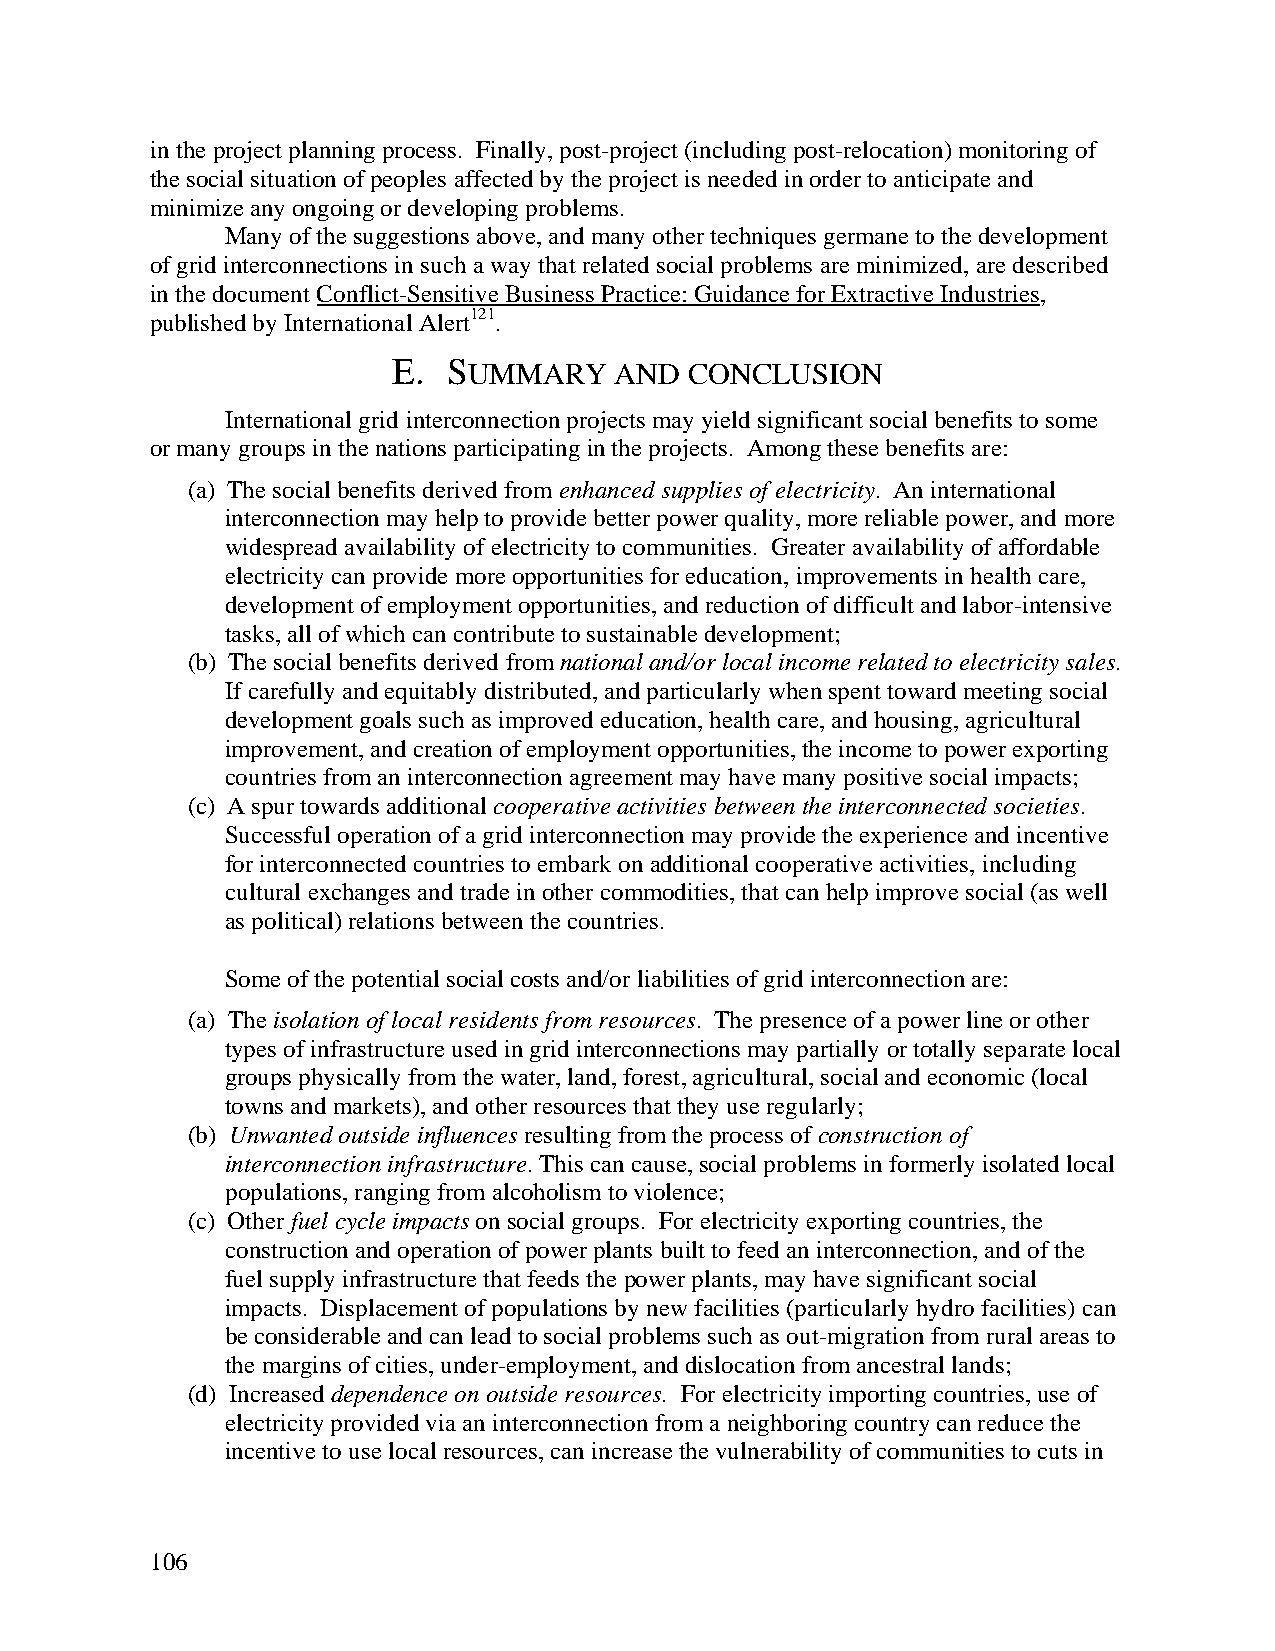
in the project planning process. Finally, post-project (including post-relocation) monitoring of
 the social situation of peoples affected by the project is needed in order to anticipate and
 minimize any ongoing or developing problems.
 Many of the suggestions above, and many other techniques germane to the development
 of grid interconnections in such a way that related social problems are minimized, are described
 in the document Conflict-Sensitive Business Practice: Guidance for Extractive Industries,
 published by International Alert121.
 E.  SUMMARY    AND  CONCLUSION
 International grid interconnection projects may yield significant social benefits to some
 or many groups in the nations participating in the projects. Among these benefits are:
 (a) The social benefits derived from enhanced supplies of electricity. An international
 interconnection may help to provide better power quality, more reliable power, and more
 widespread availability of electricity to communities. Greater availability of affordable
 electricity can provide more opportunities for education, improvements in health care,
 development of employment opportunities, and reduction of difficult and labor-intensive
 tasks, all of which can contribute to sustainable development;
 (b) The social benefits derived from national and/or local income related to electricity sales.
 If carefully and equitably distributed, and particularly when spent toward meeting social
 development goals such as improved education, health care, and housing, agricultural
 improvement, and creation of employment opportunities, the income to power exporting
 countries from an interconnection agreement may have many positive social impacts;
 (c) A spur towards additional cooperative activities between the interconnected societies.
 Successful operation of a grid interconnection may provide the experience and incentive
 for interconnected countries to embark on additional cooperative activities, including
 cultural exchanges and trade in other commodities, that can help improve social (as well
 as political) relations between the countries.
 Some of the potential social costs and/or liabilities of grid interconnection are:
 (a) The isolation of local residents from resources. The presence of a power line or other
 types of infrastructure used in grid interconnections may partially or totally separate local
 groups physically from the water, land, forest, agricultural, social and economic (local
 towns and markets), and other resources that they use regularly;
 (b) Unwanted outside influences resulting from the process of construction of
 interconnection infrastructure. This can cause, social problems in formerly isolated local
 populations, ranging from alcoholism to violence;
 (c) Other fuel cycle impacts on social groups. For electricity exporting countries, the
 construction and operation of power plants built to feed an interconnection, and of the
 fuel supply infrastructure that feeds the power plants, may have significant social
 impacts. Displacement of populations by new facilities (particularly hydro facilities) can
 be considerable and can lead to social problems such as out-migration from rural areas to
 the margins of cities, under-employment, and dislocation from ancestral lands;
 (d) Increased dependence on outside resources. For electricity importing countries, use of
 electricity provided via an interconnection from a neighboring country can reduce the
 incentive to use local resources, can increase the vulnerability of communities to cuts in
 106